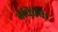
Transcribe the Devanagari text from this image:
वैकिकि